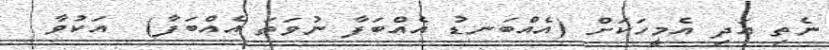
ނެތި އަދި އެމީހަކަށް (އެއްބަނޑު އެއްބަފާ ނުވަތަ އެއްބަފާ)  އަކުވާ